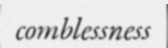
comblessness